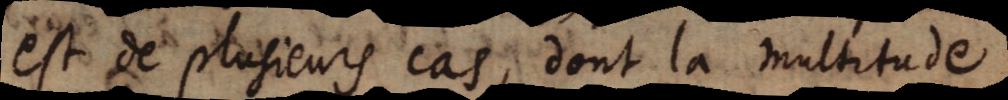
est de plusieurs cas, dont la multitude